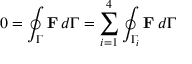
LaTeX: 0 = \oint _ { \Gamma } \mathbf { F } \, d \Gamma = \sum _ { i = 1 } ^ { 4 } \oint _ { \Gamma _ { i } } \mathbf { F } \, d \Gamma